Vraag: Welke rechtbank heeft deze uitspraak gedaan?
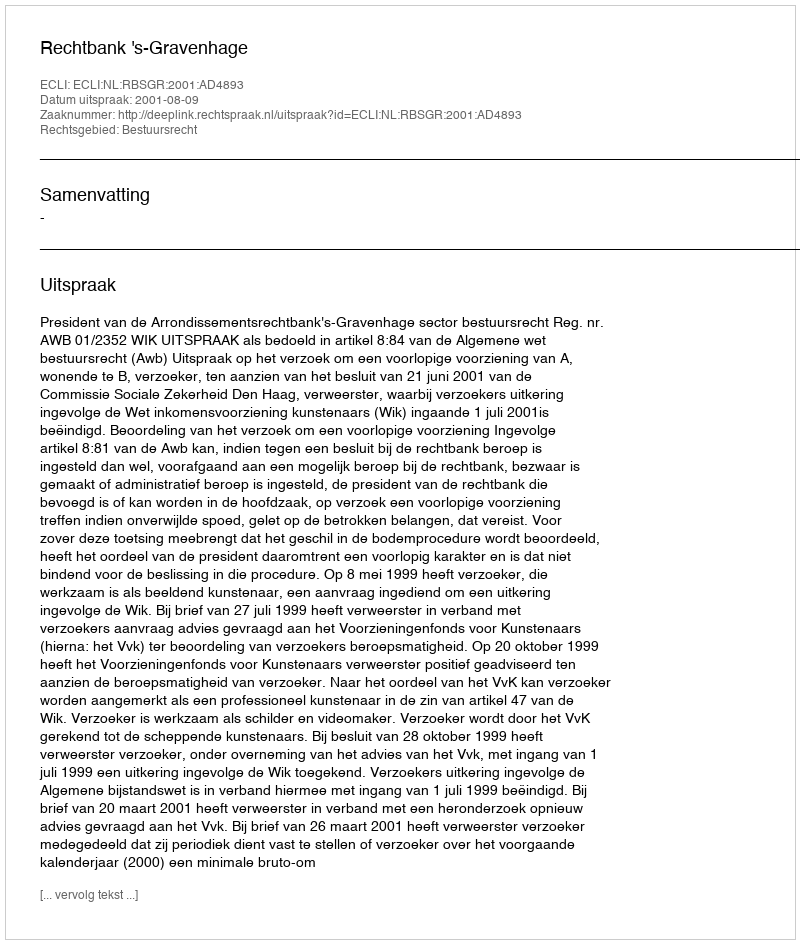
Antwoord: Rechtbank 's-Gravenhage